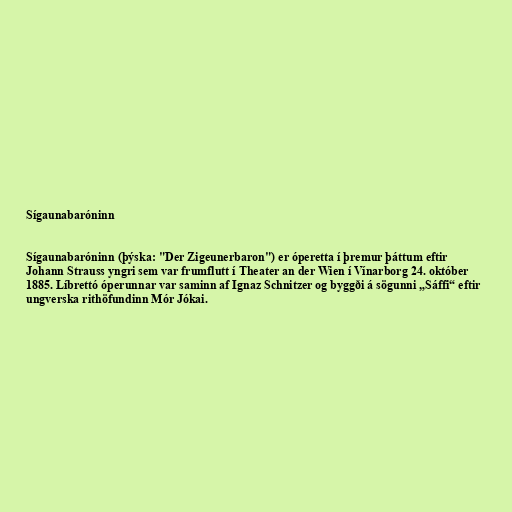
Sígaunabaróninn

Sígaunabaróninn (þýska: "Der Zigeunerbaron") er óperetta í þremur þáttum eftir
Johann Strauss yngri sem var frumflutt í Theater an der Wien í Vínarborg 24. október
1885. Líbrettó óperunnar var saminn af Ignaz Schnitzer og byggði á sögunni „Sáffi“ eftir
ungverska rithöfundinn Mór Jókai.